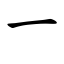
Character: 一